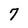
Character: 7